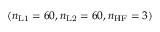
( n _ { \mathrm { L 1 } } = 6 0 , n _ { \mathrm { L 2 } } = 6 0 , n _ { \mathrm { H F } } = 3 )